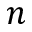
n